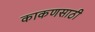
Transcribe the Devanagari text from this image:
काकणसाठी